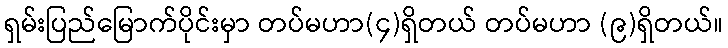
ရှမ်းပြည်မြောက်ပိုင်းမှာ တပ်မဟာ(၄)ရှိတယ် တပ်မဟာ (၉)ရှိတယ်။